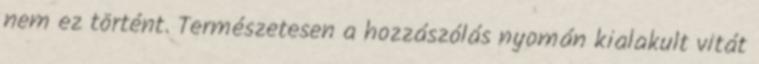
nem ez történt. Természetesen a hozzászólás nyomán kialakult vitát